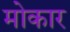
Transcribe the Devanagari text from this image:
मोकार